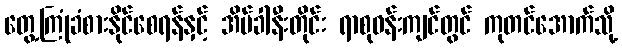
တွေ့ကြုံခံစားနိုင်စေရန်နှင့် အိပ်ခါနီးတိုင်း ရာစုဝန်းကျင်တွင် ကုတင်အောက်သို့